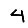
Digit: 4